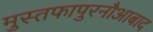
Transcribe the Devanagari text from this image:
मुस्तफापुरनौआबाद